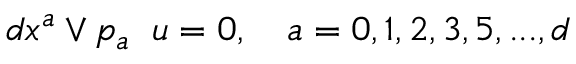
d x ^ { a } \vee p _ { a } \; \; u = 0 , \quad a = 0 , 1 , 2 , 3 , 5 , . . . , d